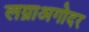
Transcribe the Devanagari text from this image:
लग्नाअगोदर